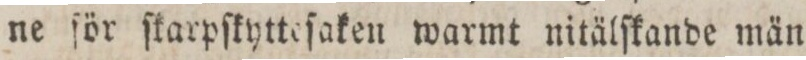
ne för ſkarpſkytteſaken warmt nitälſkande män